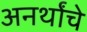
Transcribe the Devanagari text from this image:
अनर्थांचे